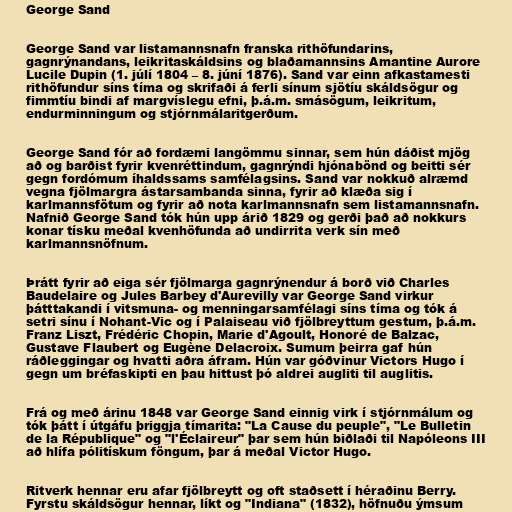
George Sand

George Sand var listamannsnafn franska rithöfundarins,
gagnrýnandans, leikritaskáldsins og blaðamannsins Amantine Aurore
Lucile Dupin (1. júlí 1804 – 8. júní 1876). Sand var einn afkastamesti
rithöfundur síns tíma og skrifaði á ferli sínum sjötíu skáldsögur og
fimmtíu bindi af margvíslegu efni, þ.á.m. smásögum, leikritum,
endurminningum og stjórnmálaritgerðum.

George Sand fór að fordæmi langömmu sinnar, sem hún dáðist mjög
að og barðist fyrir kvenréttindum, gagnrýndi hjónabönd og beitti sér
gegn fordómum íhaldssams samfélagsins. Sand var nokkuð alræmd
vegna fjölmargra ástarsambanda sinna, fyrir að klæða sig í
karlmannsfötum og fyrir að nota karlmannsnafn sem listamannsnafn.
Nafnið George Sand tók hún upp árið 1829 og gerði það að nokkurs
konar tísku meðal kvenhöfunda að undirrita verk sín með
karlmannsnöfnum.

Þrátt fyrir að eiga sér fjölmarga gagnrýnendur á borð við Charles
Baudelaire og Jules Barbey d'Aurevilly var George Sand virkur
þátttakandi í vitsmuna- og menningarsamfélagi síns tíma og tók á
setri sínu í Nohant-Vic og í Palaiseau við fjölbreyttum gestum, þ.á.m.
Franz Liszt, Frédéric Chopin, Marie d'Agoult, Honoré de Balzac,
Gustave Flaubert og Eugène Delacroix. Sumum þeirra gaf hún
ráðleggingar og hvatti aðra áfram. Hún var góðvinur Victors Hugo í
gegn um bréfaskipti en þau hittust þó aldrei augliti til auglitis.

Frá og með árinu 1848 var George Sand einnig virk í stjórnmálum og
tók þátt í útgáfu þriggja tímarita: "La Cause du peuple", "Le Bulletin
de la République" og "l'Éclaireur" þar sem hún biðlaði til Napóleons III
að hlífa pólitískum föngum, þar á meðal Victor Hugo.

Ritverk hennar eru afar fjölbreytt og oft staðsett í héraðinu Berry.
Fyrstu skáldsögur hennar, líkt og "Indiana" (1832), höfnuðu ýmsum